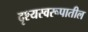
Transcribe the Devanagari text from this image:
दृश्यस्वरूपातील